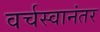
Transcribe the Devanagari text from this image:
वर्चस्वानंतर